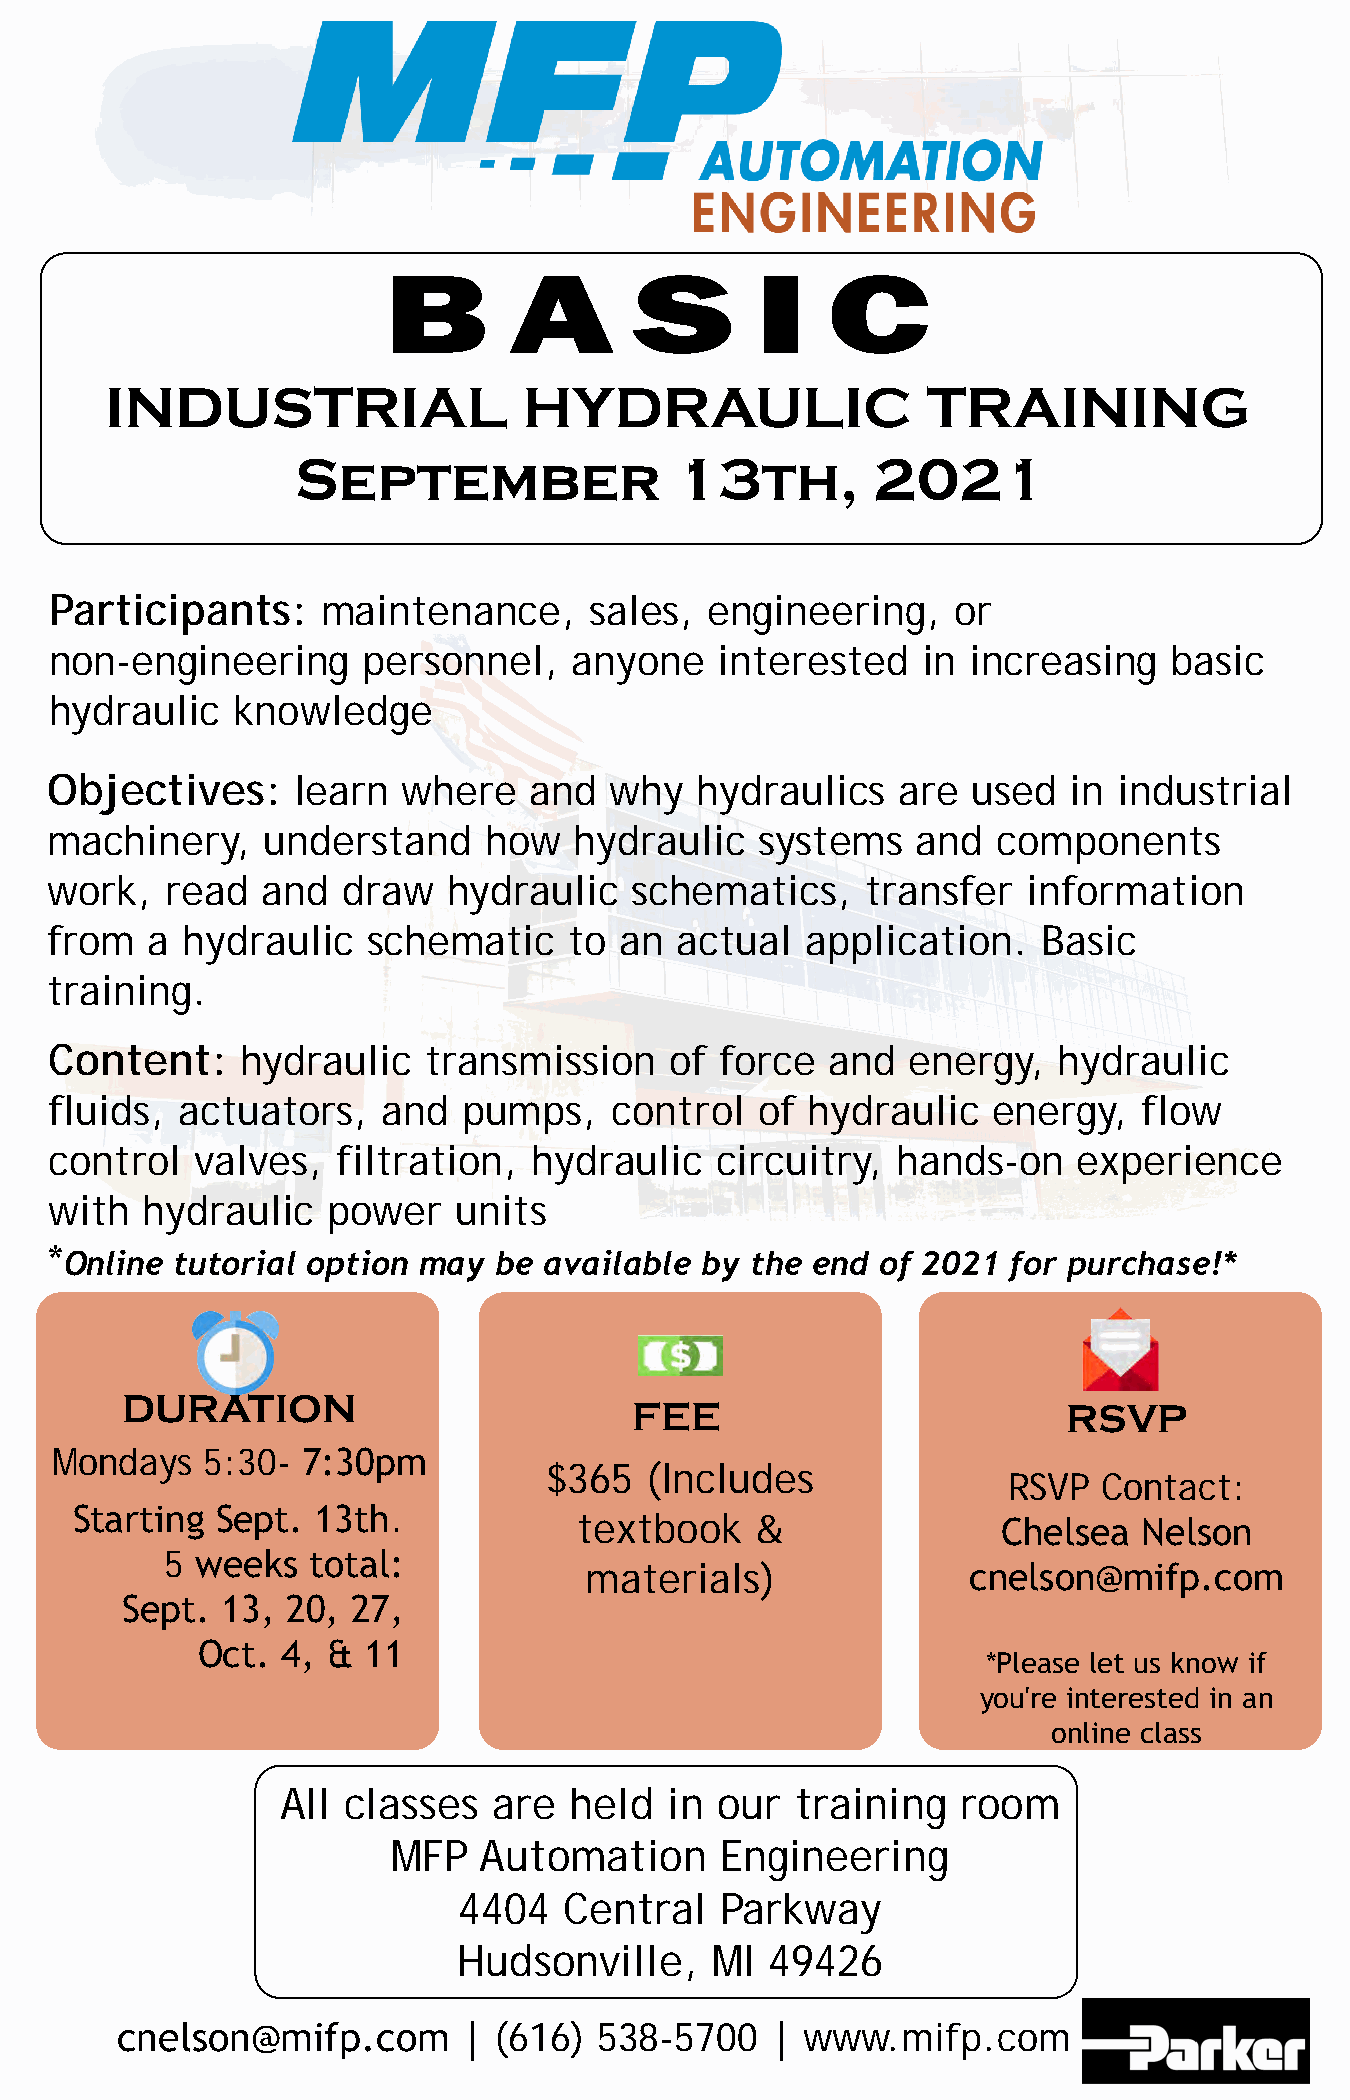
B        A       S       I    C
 INDUSTRIAL                  HYDRAULIC                 TRAINING
 September                13th,        2021
 Participants:     maintenance,      sales,  engineering,    or
 non-engineering      personnel,    anyone    interested   in increasing    basic
 hydraulic   knowledge
 Objectives:     learn   where   and  why   hydraulics    are used   in industrial
 machinery,    understand     how   hydraulic   systems    and  components
 work,   read  and   draw   hydraulic   schematics,    transfer   information
 from   a hydraulic   schematic     to an  actual  application.    Basic
 training.
 Content:     hydraulic   transmission    of  force  and  energy,   hydraulic
 fluids,  actuators,   and   pumps,    control  of hydraulic    energy,   flow
 control   valves,  filtration,  hydraulic   circuitry,  hands-on    experience
 with  hydraulic    power   units
 *
 Online  tutorial option may  be available by  the end of 2021  for purchase!*
 DURATION
 FEE                          RSVP
 Mondays    5:30- 7:30pm
 $365   (Includes
 RSVP  Contact:
 Starting Sept.  13th.
 textbook    &               Chelsea   Nelson
 5 weeks  total:
 materials)               cnelson@mifp.com
 Sept.  13, 20, 27,
 Oct.  4, & 11
 *Please let us know if
 you're interested in an
 online class
 All classes   are  held  in our   training   room
 MFP   Automation      Engineering
 4404   Central    Parkway
 Hudsonville,     MI  49426
 cnelson@mifp.com       | (616)  538-5700   | www.mifp.com